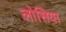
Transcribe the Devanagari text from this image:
लोसिया